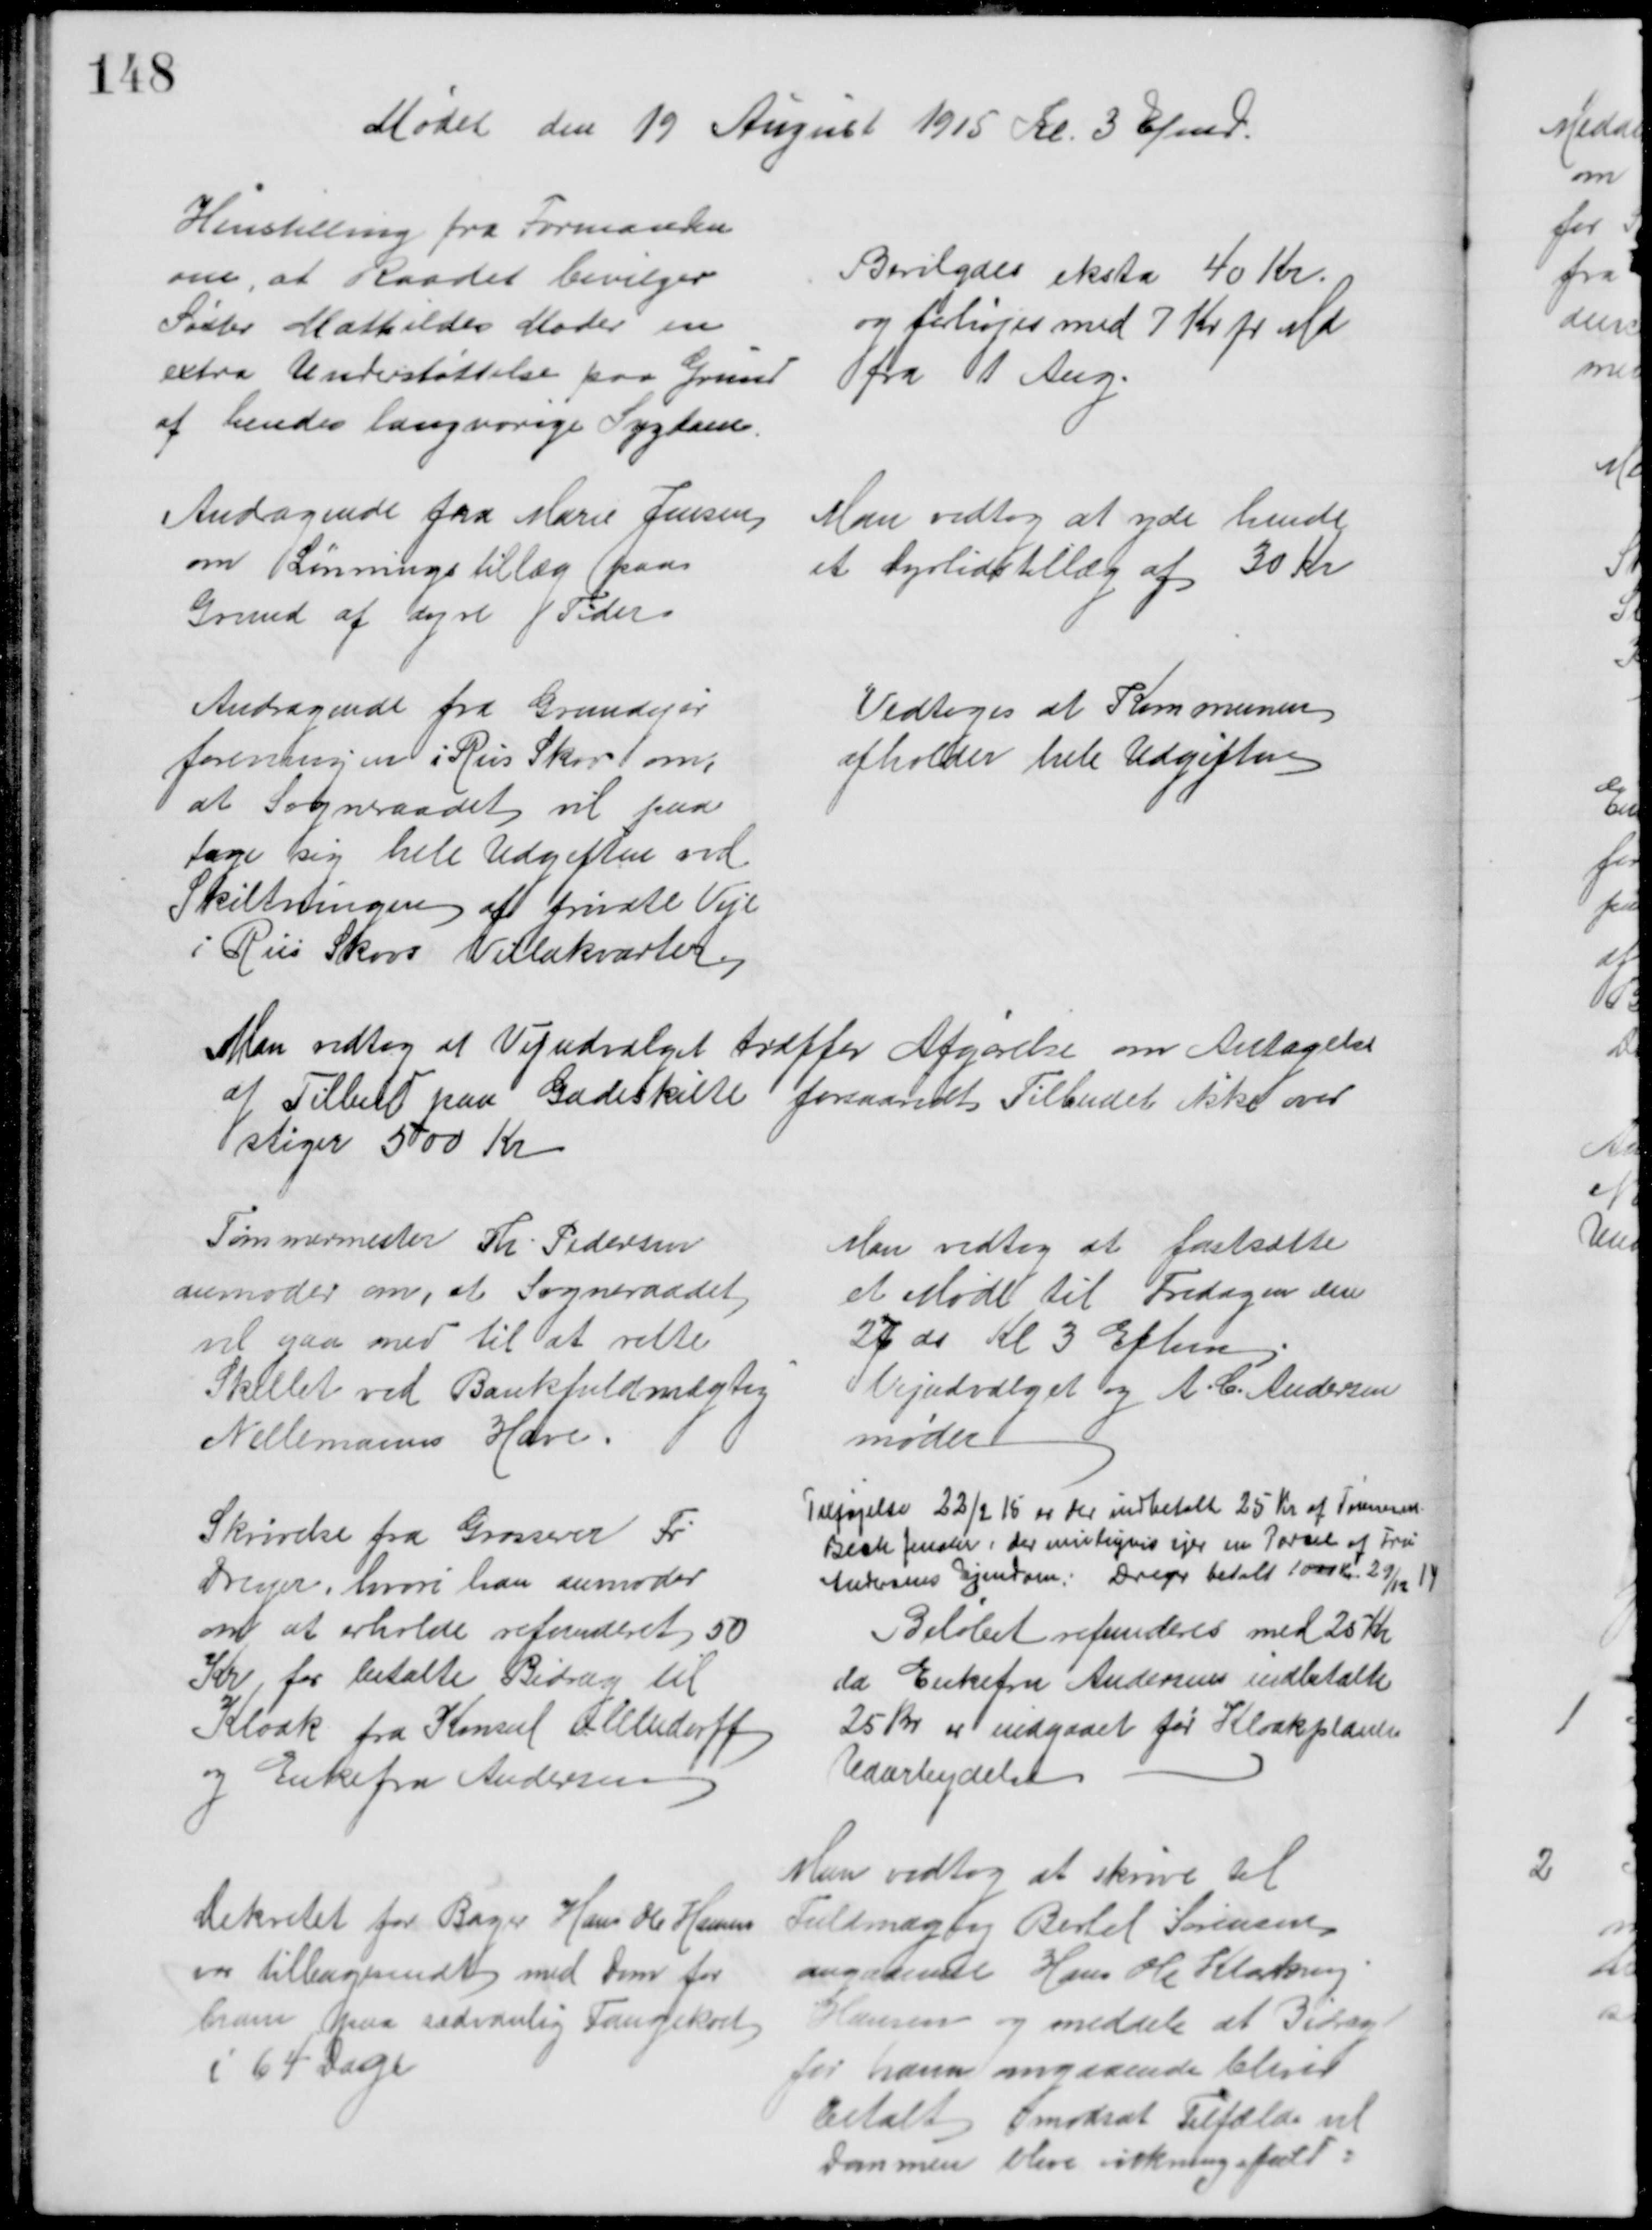
Transskription:
Mødet den 19 August 1915 Kl. 3 Efmd.
Henstilling fra Formanden
om, at Raadet bevilger
Søster Mathildes Moder en
extra Understøttelse paa Grund
af hendes langvarige Sygdom.
Bevilgedes eksta 40 Kr.
og forhøjes med 7 Kr pr Md
fra 1 Aug.
Andragende fra Marie Jensen,
om Lønningstillæg paa
Grund af dyre Tider
Man vedtog at yde hende
et Dyrtidstillæg af 30 Kr
Andragende fra Grundejer
foreningen i Riis Skov om,
at Sogneraadet vil paa
tage sig hele Udgiften ved
Skiltningen af private Veje
i Riis Skovs Villakvarter.
Vedtoges at Kommunen
afholder hele Udgiften
Man vedtog at Vejudvalget træffer Afgørelse om Antagelse
af Tilbud paa Gadeskille forsaavidt Tilbudet ikke over
stiger 500 Kr
Tømmermester Th. Pedersen
anmoder om, at Sogneraadet
vil gaa med til at rette
Skellet ved Bankfuldmægtig
Nellemanns Have.
Man vedtog at fastsætte
et Møde til Fredagen den
27 ds Kl 3 Eftm
Vejudvalget og A. C. Andersen
møder
Skrivelse fra Grosserer Fr
Dreyer, hvor han anmoder
om at erholde refunderet 50
Kr for betalte Bidrag til
Kloak fra Konsul Ollendorff
og Enkefru Andersen
Tilføjelse 22/2 15 er der indbetalt 25 Kr af Tømmerm
Bech Jensen, der muligvis ejer en Parcel af Fru
Andersens Ejendom. Dreyer betalt 1000 Kr. 29/12 14
Beløbet refunderes med 25 Kr
da Enkefru Andersens indbetalte
25 kr er indgaaet før Kloakplanens
Udarbejdelse
Dekretet for Bager Hans Ole Hansen
var tilbagesendt med Dom for
ham paa sædvanlig Fangekost
i 64 Dage
Man vedtog at skrive til
Fuldmægtig Bertel Sørensen
angaaende Hans Ole Klakring
Hansen og meddele at Bidrag
for ham omgaaende bliver
betalt i modsat Tilfælde vil
Dommen blive virkningsfuld